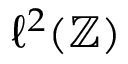
\ell ^ { 2 } ( \mathbb { Z } )